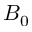
B _ { 0 }